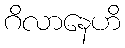
ဂိလာနေဟိ